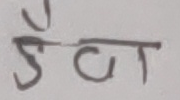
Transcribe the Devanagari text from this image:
डैन